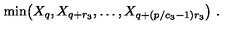
\mathrm { m i n } \big ( X _ { q } , X _ { q + r _ { 3 } } , \ldots , X _ { q + ( p / c _ { 3 } - 1 ) r _ { 3 } } \big ) \ .